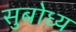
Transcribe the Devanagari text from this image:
सुबोध्य